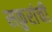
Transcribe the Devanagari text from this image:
सकुरांची